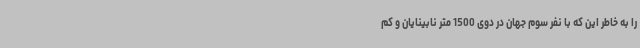
را به خاطر این که با نفر سوم جهان در دوی 1500 متر نابینایان و کم